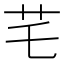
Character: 𦬃